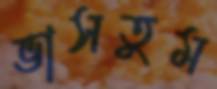
ভাসতুম